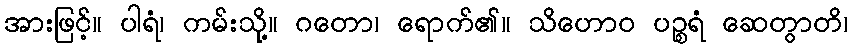
အားဖြင့်။ ပါရံ၊ ကမ်းသို့။ ဂတော၊ ရောက်၏။ သိဟောဝ ပဉ္စရံ ဆေတွာတိ၊